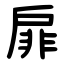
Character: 扉